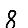
Digit: 8